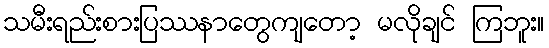
သမီးရည်းစားပြဿနာတွေကျတော့ မလိုချင် ကြဘူး။